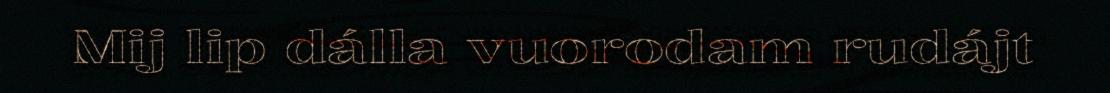
Mij lip dálla vuorodam rudájt